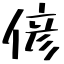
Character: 偐